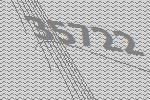
35722